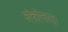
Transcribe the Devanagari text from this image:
तंत्रोत्तर।